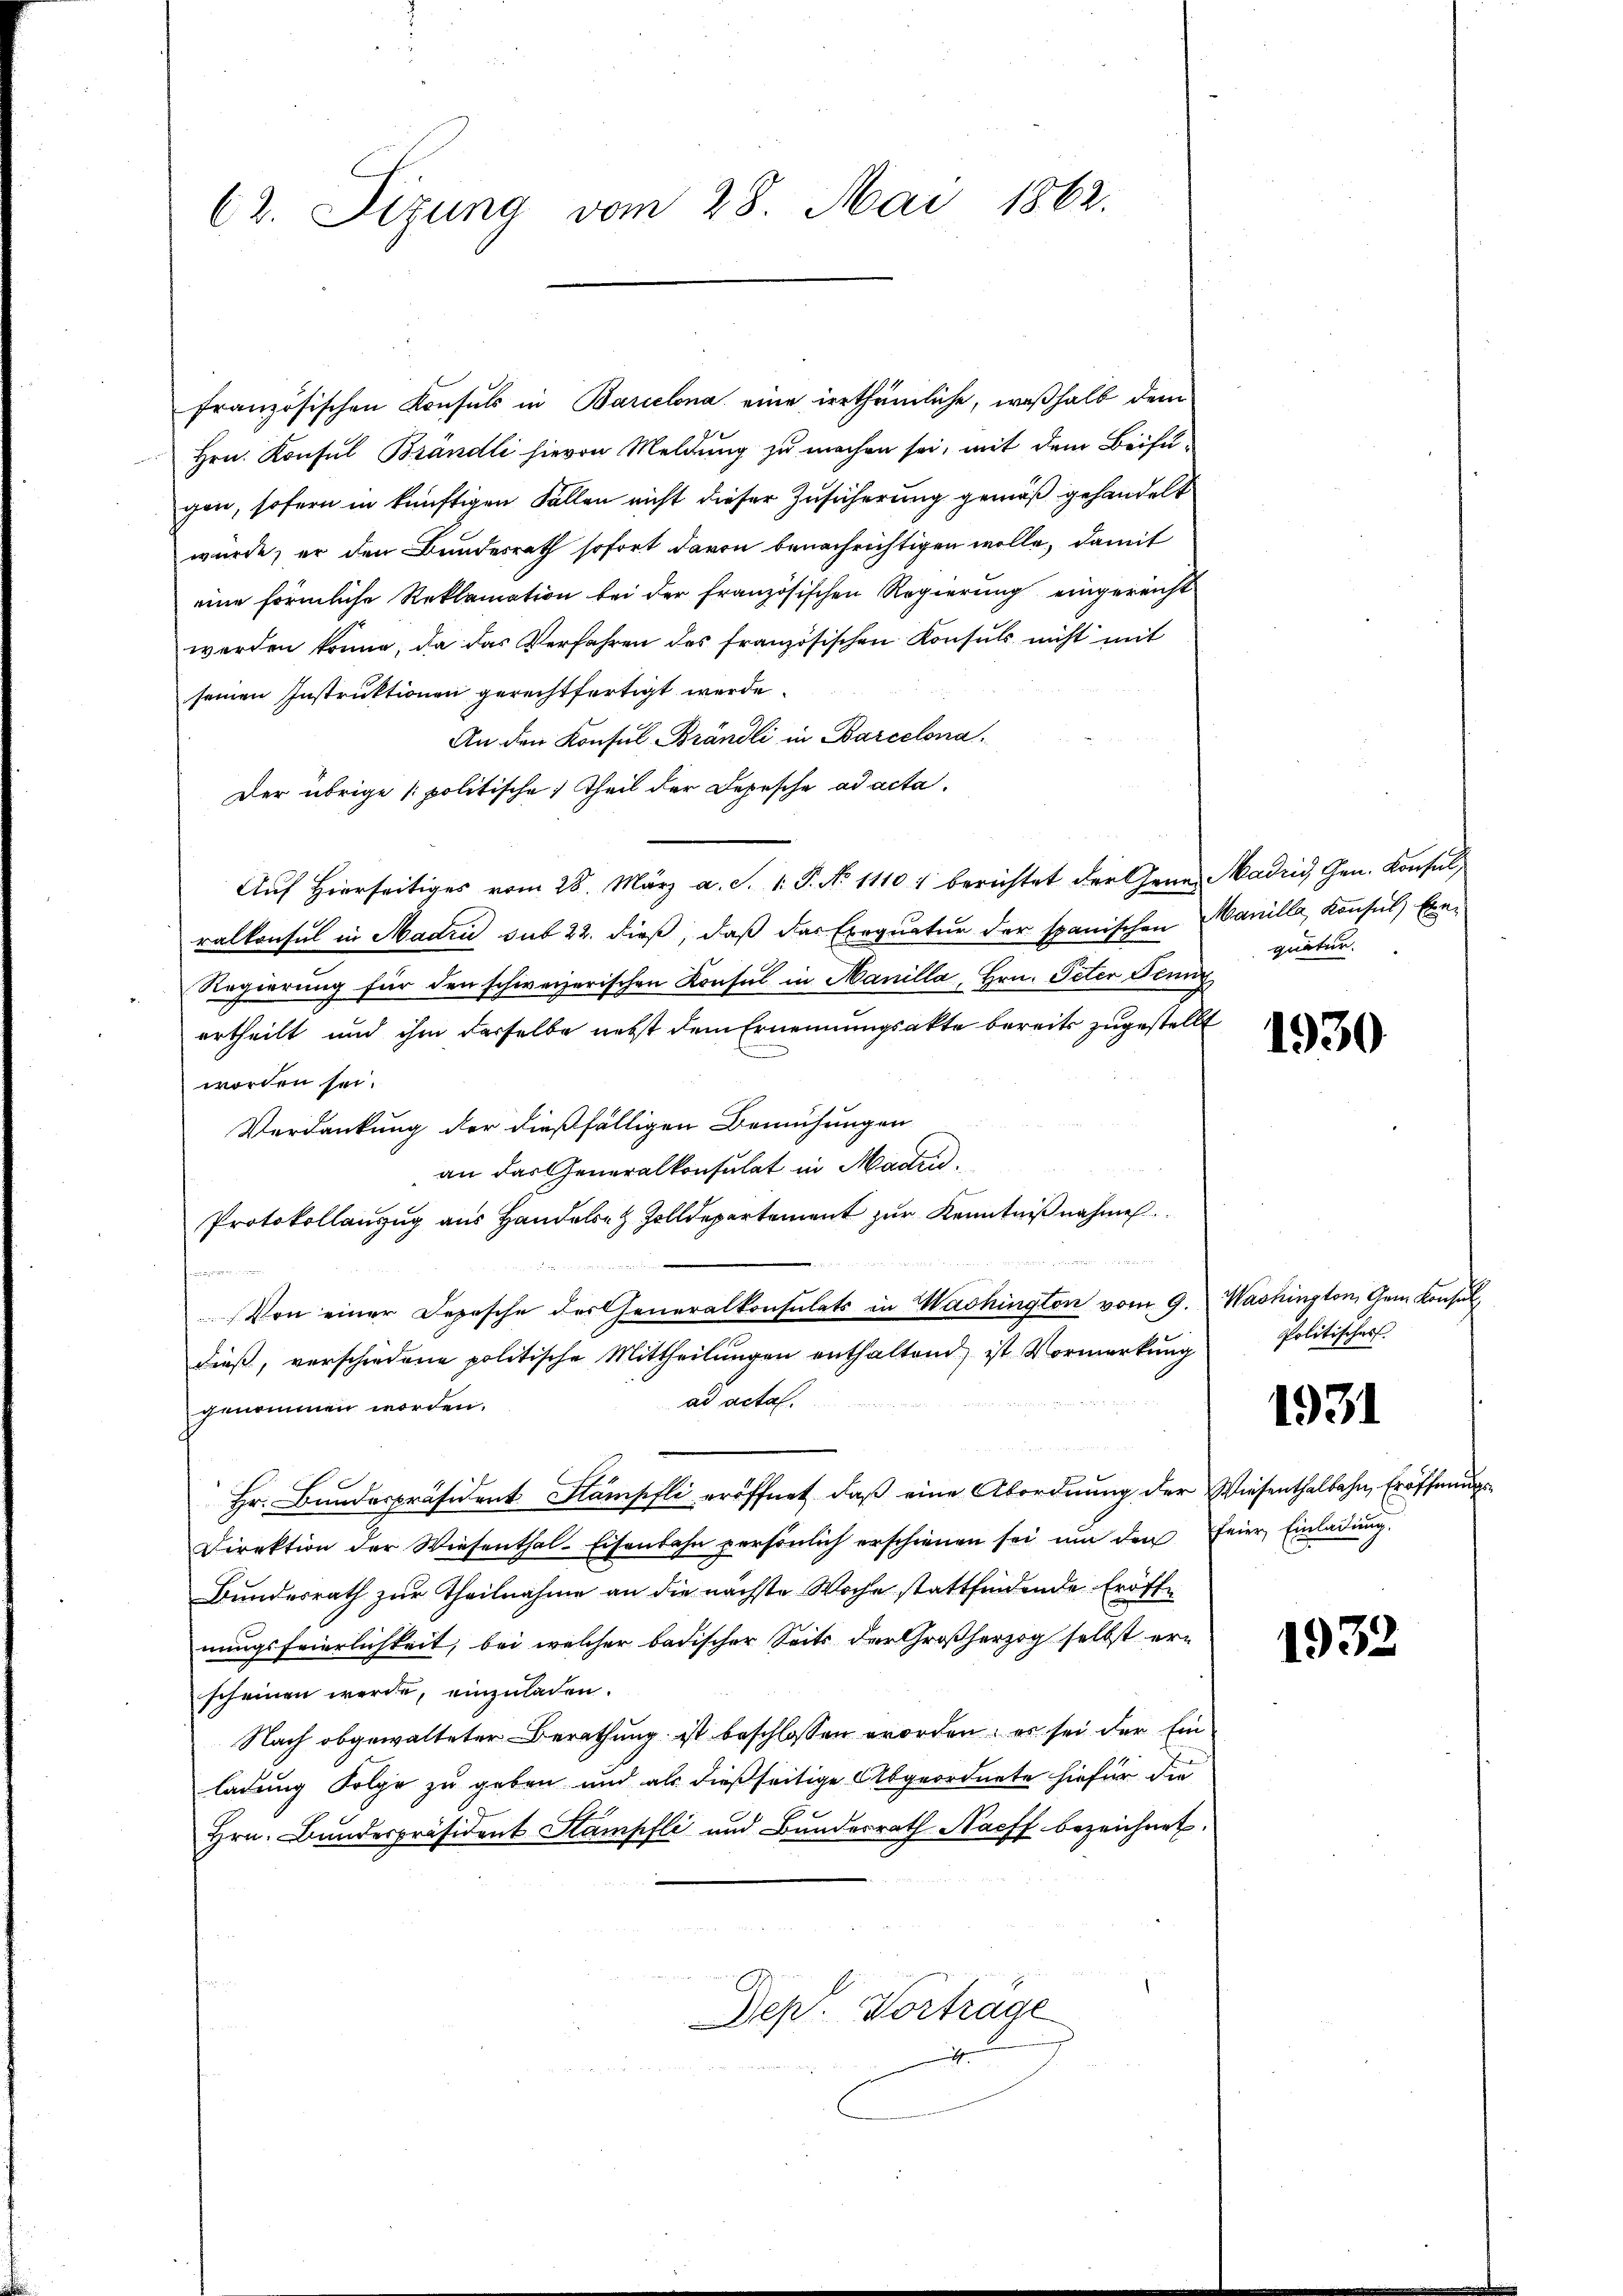
62. Sizung vom 28. Mai 1862.

französischen Konsuls in Barcelona eine irrthümliche, weßhalb dem
Hrn. Konsul Brändli hievon Meldung zu machen sei, mit dem Beifügen, sofern in künftigen Fällen nicht dieser Zusicherung gemäß gehandelt
würde, er den Bundesrath sofort davon benachrichtigen wolle, damit
eine förmliche Reklamation bei der französischen Regierŭng eingereicht
werden könne, da das Verfahren des französischen Konsuls nicht mit
seinen Instruktionen gerechtfertigt werde.
An den Konsul Brändli in Barcelona¬
Der übrige politische Theil der Depesche ad acta.
Auf Hierseitiges vom 28. März a. S. 1. P. No 11104 berichtet der Gener Madin, Gen. Konsul
ralkonsul in Madri sub 22. dieß, daß das Exequatur der spanischen Manille, Konsul Exe-
Regierung für den schweizerischen Konsul in Manilla, Hrn. Peter Fenn
ertheilt und ihm derselbe nebst dem Ernennungsakte bereits zugestellt
worden sei.
Verdankung der dießfälligen Bemühungen
an das Generalkonsulat in Maden.
Protokollanzug aus Handele Zolldepartement zur Kenntnißnahme
n u meinden
fammen.
Von einer Depesche des Generalkonsulats in Washington vom 9. Washington, Gem Konsuldieβ, verschiedene politische Mittheilŭngen enthaltend ist Vormerkŭng
ad acta.
genommen worden.
Hr. Bandespräsident Stämpfli eröffnet, daß eine Abordnung der Wiesenthalbahn, Eröffnungs¬
Direktion der Wiesenthal-Eisenbahn persönlich erschienen sei ŭm den feier Einladŭng.
Bundesrath zur Theilnahme an die nächste Woche stattfindende Eröffnungsfeierlichkeit, bei welcher badischer Seits der Großherzog selbst er-
scheinen werde, einzuladen.
Nach obgewalteter Berathung ist beschlossen worden; es sei der Ein
ladung Folge zu geben und als dießseitige Abgeordnete hiefür die
Hrn. Bundespräsident Stampfli und Bunderrath Nacff bezeichnet.

x

Dep. Vortrage

quatur.

1930

Politisches

1931

1932